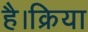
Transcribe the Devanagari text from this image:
है।क्रिया